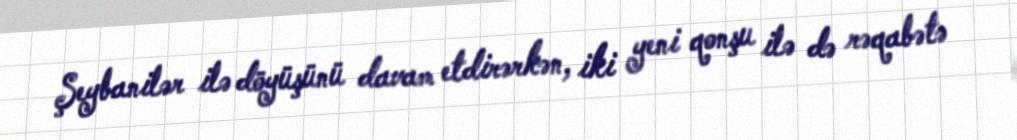
Şeybanilər ilə döyüşünü davam etdirərkən, iki yeni qonşu ilə də rəqabətə